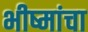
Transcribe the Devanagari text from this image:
भीष्मांचा